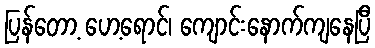
ပြန်တော့ ပော့ရောင်၊ ကျောင်းနောက်ကျနေပြီ